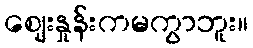
ဈေးနှုန်းကမကွာဘူး။